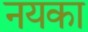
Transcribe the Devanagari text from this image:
नयका